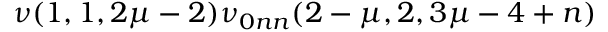
\nu ( 1 , 1 , 2 \mu - 2 ) \nu _ { 0 n n } ( 2 - \mu , 2 , 3 \mu - 4 + n )